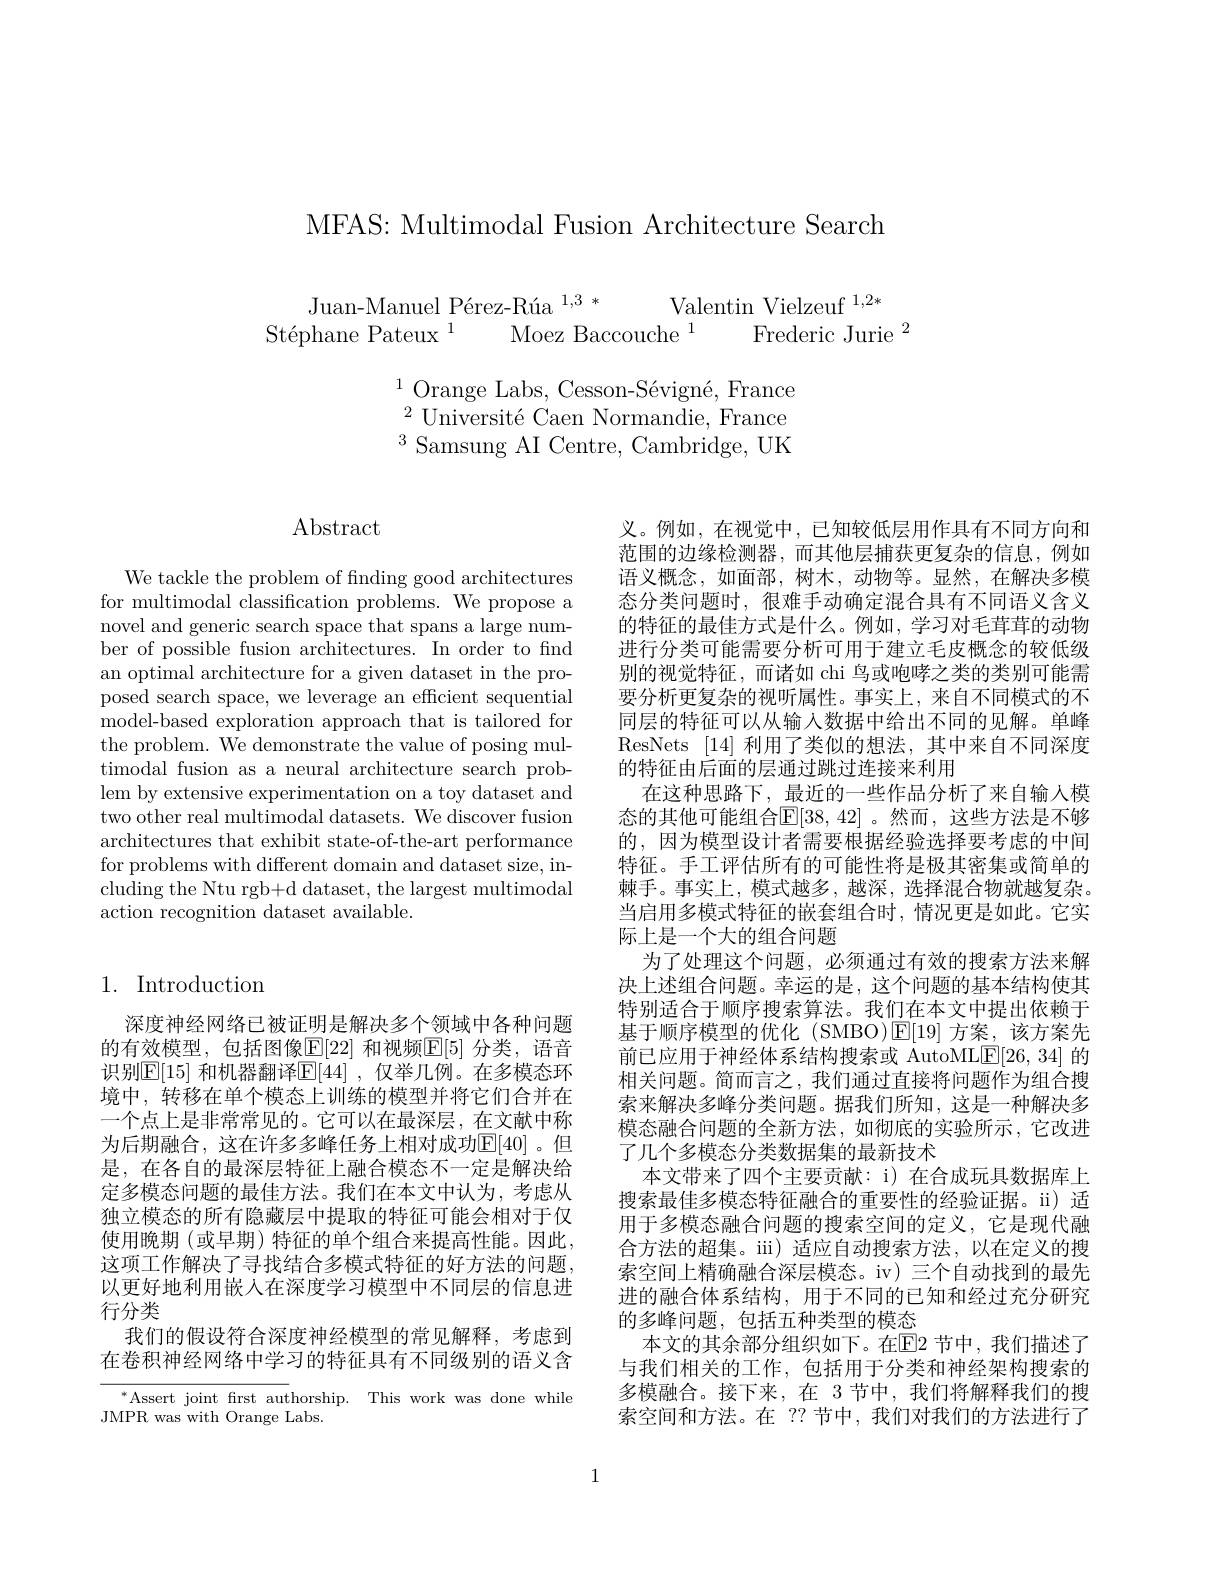
MFAS: Multimodal Fusion Architecture Search

$\begin{array}{c}\text{Juan-Manuel Pérez-Rúa }^{1,3}*&\text{Valentin Vielzeuf}^{1,2*}\\\text{Stéphane Pateux}^{1}&\text{Moez Baccouche}^{1}&\text{Frederic Jurie}\end{array}$

$^{1}$ Orange Labs, Cesson-Sévigné, France $^{2}{\mathrm{~Universit\'{e}~Caen~Normandie,~France}}$ $^{3}$Samsung AI Centre, Cambridge, UK

$\operatorname{Abstract}$

We tackle the problem of finding good architectures for multimodal classification problems. We propose a novel and generic search space that spans a large number of possible fusion architectures. In order to find an optimal architecture for a given dataset in the proposed search space, we leverage an efficient sequential model-based exploration approach that is tailored for the problem. We demonstrate the value of posing multimodal fusion as a neural architecture search problem by extensive experimentation on a toy dataset and two other real multimodal datasets. We discover fusion architectures that exhibit state-of-the-art performance for problems with different domain and dataset size, including the Ntu rgb+d dataset, the largest multimodal action recognition dataset available.

# 1. Introduction

深度神经网络已被证明是解决多个领域中各种问题的有效模型，包括图像$\mathbb{E}[22]$ 和视频$\mathbb{E}[5]$ 分类，语音识别$\underline{\mathrm{E}}[15]$ 和机器翻译$\underline{\mathrm{E}}[44]$, 仅举几例。在多模态环境中，转移在单个模态上训练的模型并将它们合并在一个点上是非常常见的。它可以在最深层，在文献中称为后期融合，这在许多多峰任务上相对成功$\mathbb{E}[40]$。但是，在各自的最深层特征上融合模态不一定是解决给定多模态问题的最佳方法。我们在本文中认为，考虑从独立模态的所有隐藏层中提取的特征可能会相对于仅使用晚期 (或早期) 特征的单个组合来提高性能。因此， 这项工作解决了寻找结合多模式特征的好方法的问题， 以更好地利用嵌入在深度学习模型中不同层的信息进行分类
我们的假设符合深度神经模型的常见解释，考虑到在卷积神经网络中学习的特征具有不同级别的语义含

$^*$Assert joint frst authorship. This work was done while
JMPR was with Orange Labs.

义。例如，在视觉中，已知较低层用作具有不同方向和范围的边缘检测器，而其他层捕获更复杂的信息，例如语义概念，如面部，树木，动物等。显然，在解决多模态分类问题时，很难手动确定混合具有不同语义含义的特征的最佳方式是什么。例如，学习对毛茸茸的动物进行分类可能需要分析可用于建立毛皮概念的较低级别的视觉特征，而诸如 chi 鸟或咆哮之类的类别可能需要分析更复杂的视听属性。事实上，来自不同模式的不同层的特征可以从输入数据中给出不同的见解。单峰ResNets [14]利用了类似的想法，其中来自不同深度的特征由后面的层通过跳过连接来利用
在这种思路下，最近的一些作品分析了来自输入模态的其他可能组合$\mathbb{E}[38,42]$ 。然而，这些方法是不够的，因为模型设计者需要根据经验选择要考虑的中间特征。手工评估所有的可能性将是极其密集或简单的棘手。事实上，模式越多，越深，选择混合物就越复杂。当启用多模式特征的嵌套组合时，情况更是如此。它实际上是一个大的组合问题
为了处理这个问题，必须通过有效的搜索方法来解决上述组合问题。幸运的是，这个问题的基本结构使其特别适合于顺序搜索算法。我们在本文中提出依赖于基于顺序模型的优化 (SMBO)$\operatorname{E}[19]$方案，该方案先前已应用于神经体系结构搜索或 AutoMLE[26,34] 的相关问题。简而言之，我们通过直接将问题作为组合搜索来解决多峰分类问题。据我们所知，这是一种解决多模态融合问题的全新方法，如彻底的实验所示，它改进了几个多模态分类数据集的最新技术
本文带来了四个主要贡献：i) 在合成玩具数据库上搜索最佳多模态特征融合的重要性的经验证据。ii) 适用于多模态融合问题的搜索空间的定义，它是现代融合方法的超集。iii) 适应自动搜索方法，以在定义的搜索空间上精确融合深层模态。iv) 三个自动找到的最先进的融合体系结构，用于不同的已知和经过充分研究的多峰问题，包括五种类型的模态
本文的其余部分组织如下。在$\mathbb{E}$2 节中，我们描述了与我们相关的工作，包括用于分类和神经架构搜索的多模融合。接下来，在 3节中，我们将解释我们的搜索空间和方法。在 ??节中，我们对我们的方法进行了

1